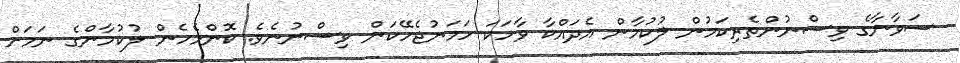
ސަވާނާގެ ވިސްނުންތެރިކަމުން ލުކުމާން އެދައްކާ ވާހަކަ ހަމަނުޖެހޭކަން ވިސްނުނެވެ. ކޮންމެހެން ލުކުމާންގެ ނަމަށް